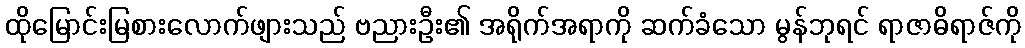
ထိုမြောင်းမြစားလောက်ဖျားသည် ဗညားဦး၏ အရိုက်အရာကို ဆက်ခံသော မွန်ဘုရင် ရာဇာဓိရာဇ်ကို